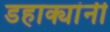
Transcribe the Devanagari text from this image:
डहाक्यांनी